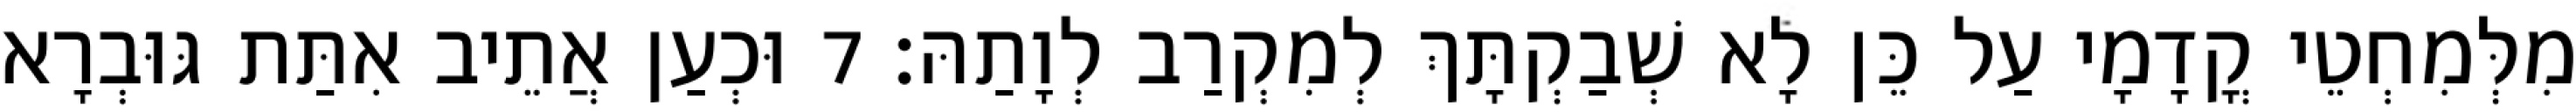
מִלְּמִחְטֵי קֳדָמָי עַל כֵּן לָא שְׁבַקְתָּךְ לְמִקְרַב לְוָתַהּ׃ 7 וּכְעַן אֲתֵיב אִתַּת גּוּבְרָא